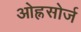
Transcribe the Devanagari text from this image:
ओह्नसोर्ज